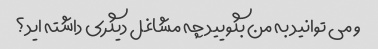
و می توانید به من بگویید چه مشاغل دیگری داشته اید؟